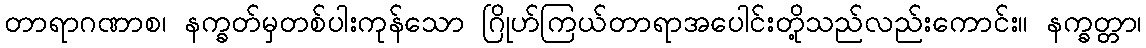
တာရာဂဏာစ၊ နက္ခတ်မှတစ်ပါးကုန်သော ဂြိုဟ်ကြယ်တာရာအပေါင်းတို့သည်လည်းကောင်း။ နက္ခတ္တာ၊